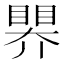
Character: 𥉁